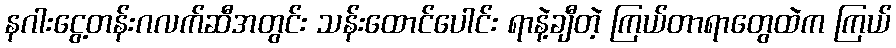
နဂါးငွေ့တန်းဂလက်ဆီအတွင်း သန်းထောင်ပေါင်း ရာနဲ့ချီတဲ့ ကြယ်တာရာတွေထဲက ကြယ်